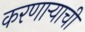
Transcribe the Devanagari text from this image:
करणार्‍याची